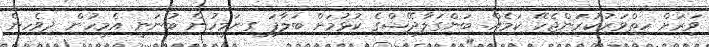
ވަރަށް ހިތްވަރުކުރަންޖެހޭ ކަމެއް. ބަންގަލާދޭޝްގެ ކުޅުމަށް ބަލާފަ ގިނަމީހުން ބުނަނީ އެމީހުން ދިވެހިން